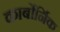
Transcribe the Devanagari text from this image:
कार्बोर्निक